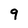
Character: 9